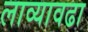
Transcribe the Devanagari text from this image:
लाव्यावढा